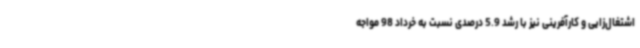
اشتغال‌زایی و کارآفرینی نیز با رشد 5.9 درصدی نسبت به خرداد 98 مواجه